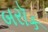
બરૉક